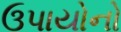
ઉપાયોનો